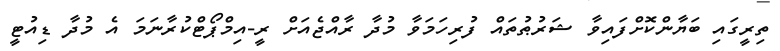
ތިރީގައި ބަޔާންކޮށްފައިވާ ޝަރުޠުތައް ފުރިހަމަވާ މުދާ ރާއްޖެއަށް ރީ-އިމްޕޯޓްކުރާނަމަ އެ މުދާ ޑިއުޓީ